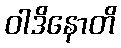
ဝါဒိနောတိ